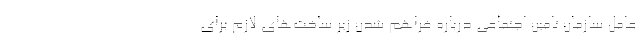
عامل سازمان تامین اجتماعی درباره فراهم شدن زیر ساخت‌های لازم برای